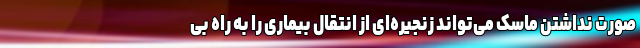
صورت نداشتن ماسک می‌تواند زنجیره‌ای از انتقال بیماری را به راه بی